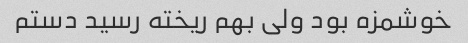
خوشمزه بود ولی بهم ریخته رسید دستم